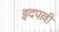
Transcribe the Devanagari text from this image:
इदपल्ली